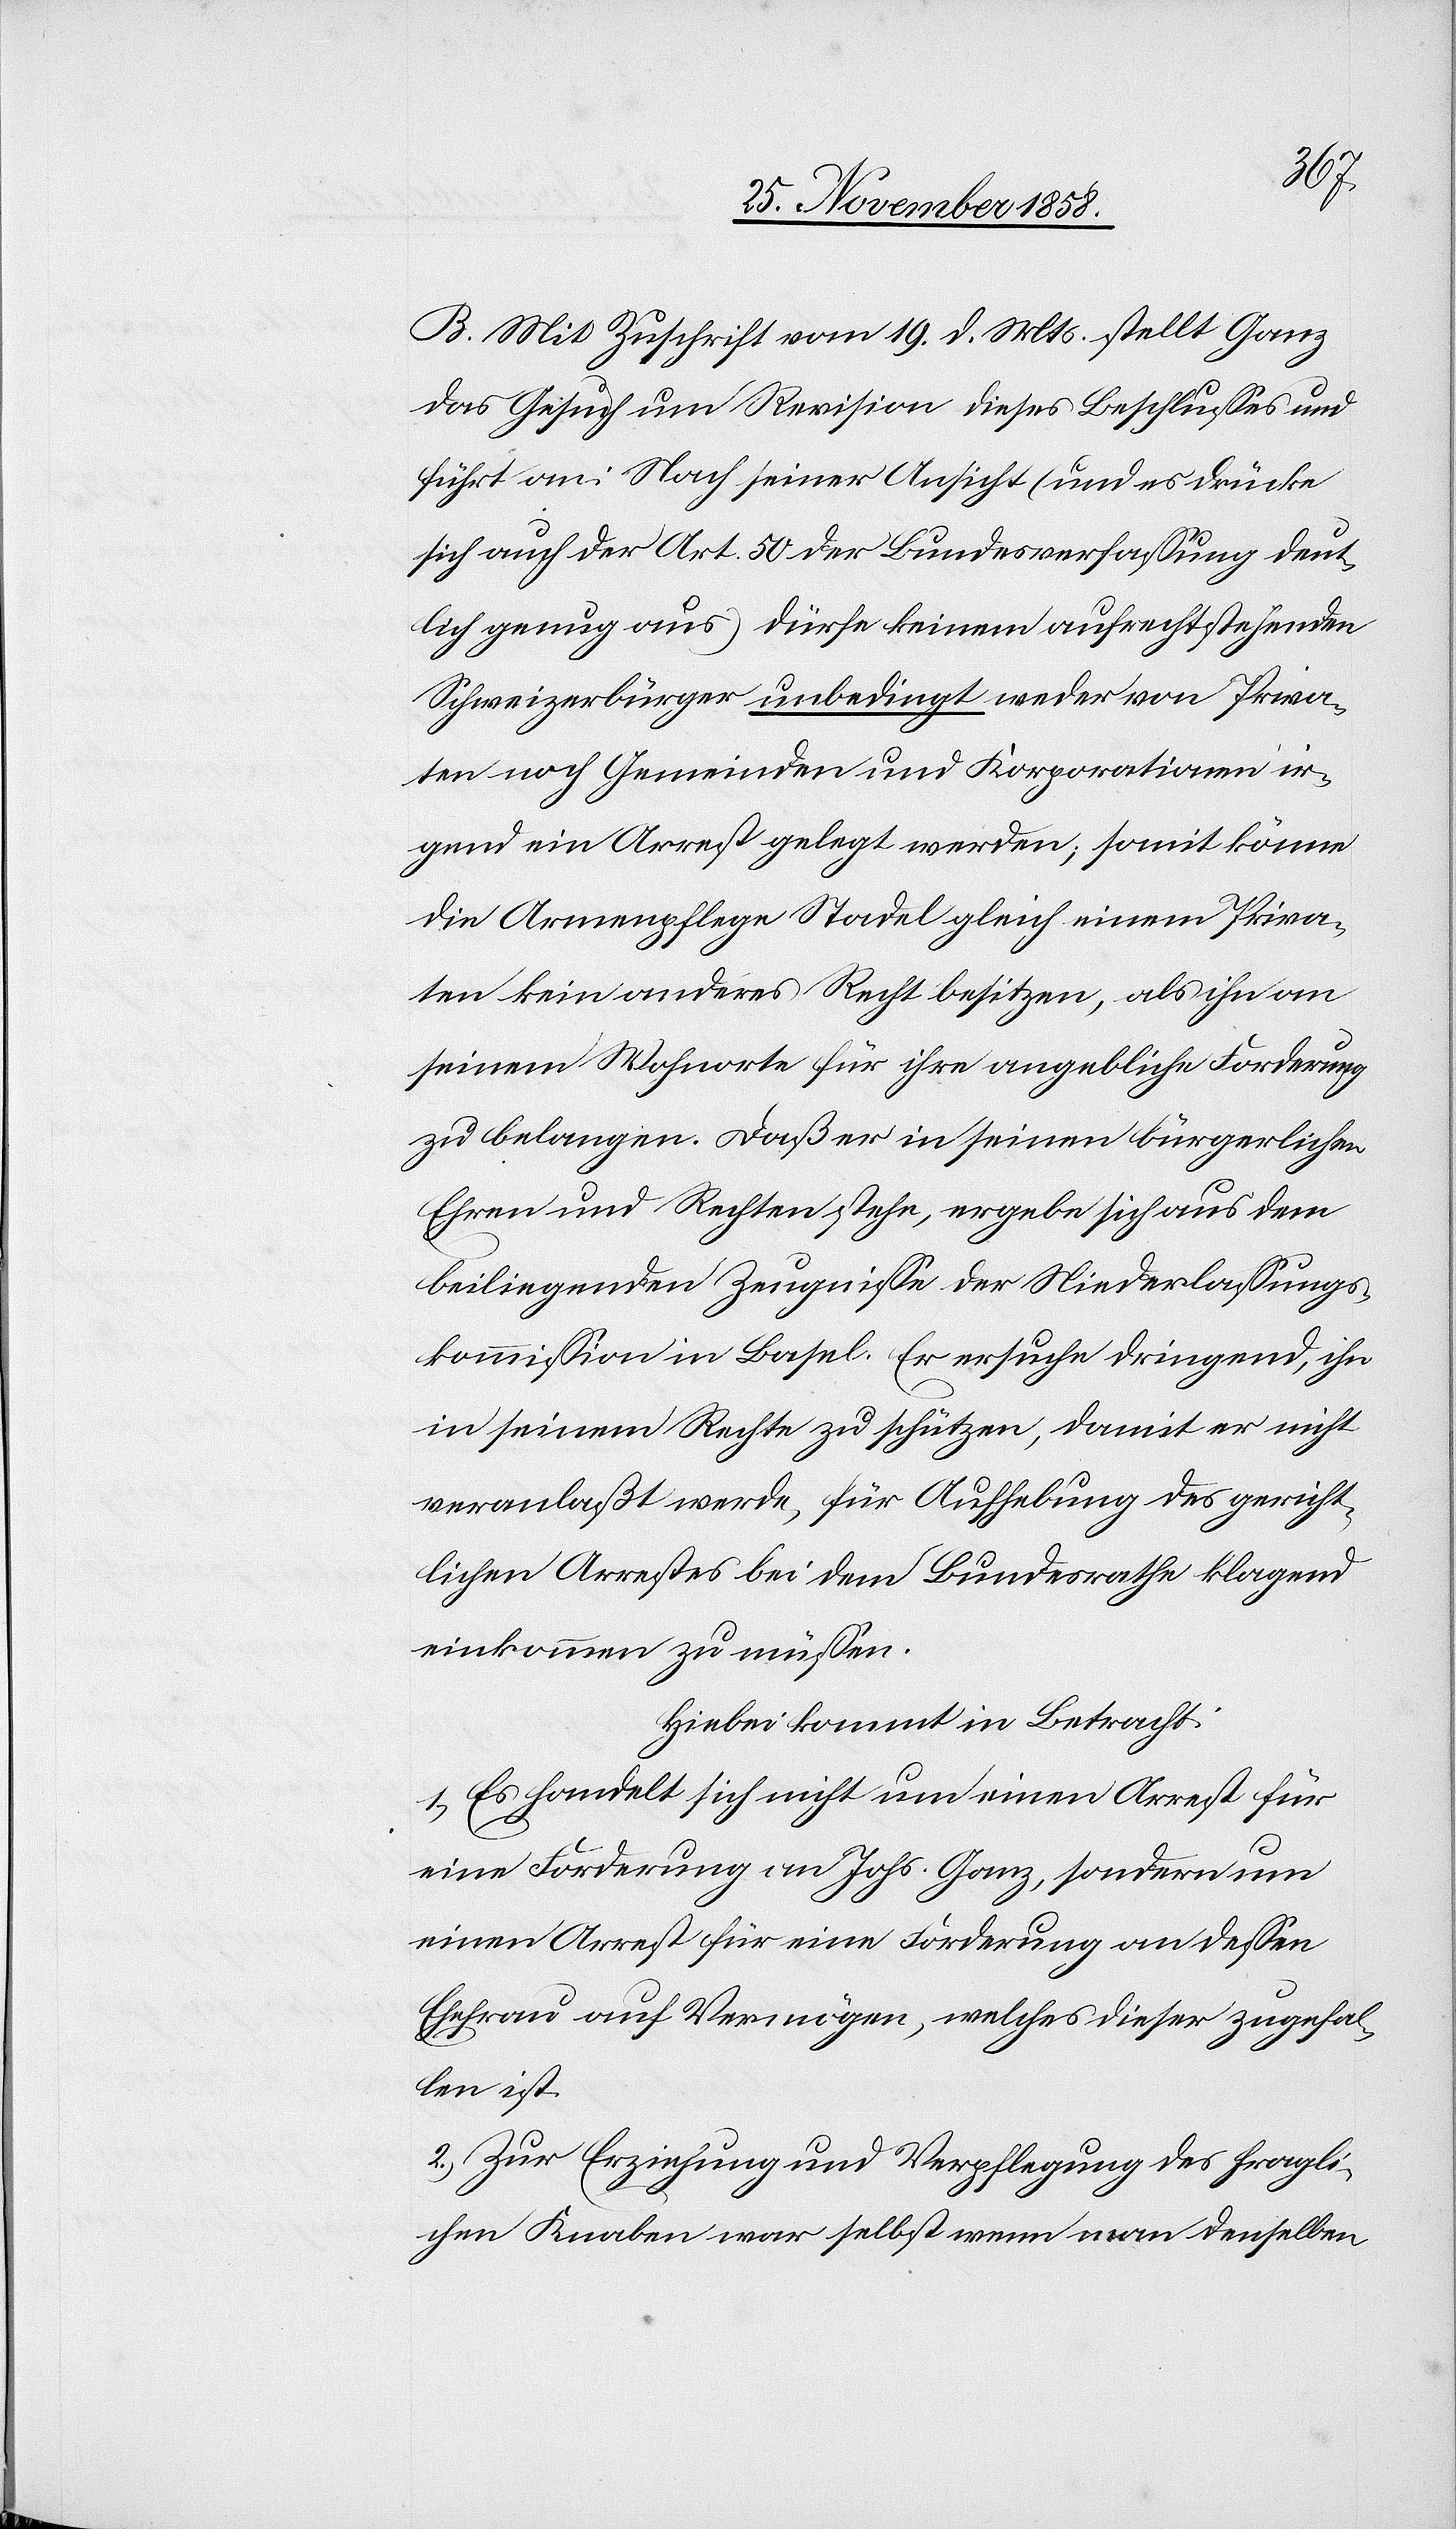
B. Mit Zuschrift vom 19. d. Mts. stellt Ganz
das Gesuch um Revision dieses Beschlusses und
führt an: Nach seiner Ansicht (und es drücke
sich auch der Art. 50 der Bundesverfassung deut¬
lich genug aus) dürfe keinem aufrechtstehenden
Schweizerbürger unbedingt weder von Priva¬
ten noch Gemeinden und Korporationen ir¬
gend ein Arrest gelegt werden; somit könne
die Armenpflege Stadel gleich einem Priva¬
ten kein anderes Recht besitzen, als ihn an
seinem Wohnorte für ihre angebliche Forderung
zu belangen. Daß er in seinen bürgerlichen
Ehren und Rechten stehe, ergebe sich aus dem
beiliegenden Zeugnisse der Niederlassungs¬
kommission in Basel. Er ersuche dringend, ihn
in seinem Rechte zu schützen, damit er nicht
veranlaßt werde, für Aufhebung des gericht¬
lichen Arrestes bei dem Bundesrathe klagend
einkommen zu müssen.
Hiebei kommt in Betracht:
1.) Es handelt sich nicht um einen Arrest für
eine Forderung an Johs. Ganz, sondern um
einen Arrest für eine Forderung an dessen
Ehefrau auf Vermögen, welches dieser zugefal¬
len ist.
2.) Zur Erziehung und Verpflegung des fragli¬
chen Knaben war selbst wenn man denselben